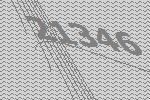
21346